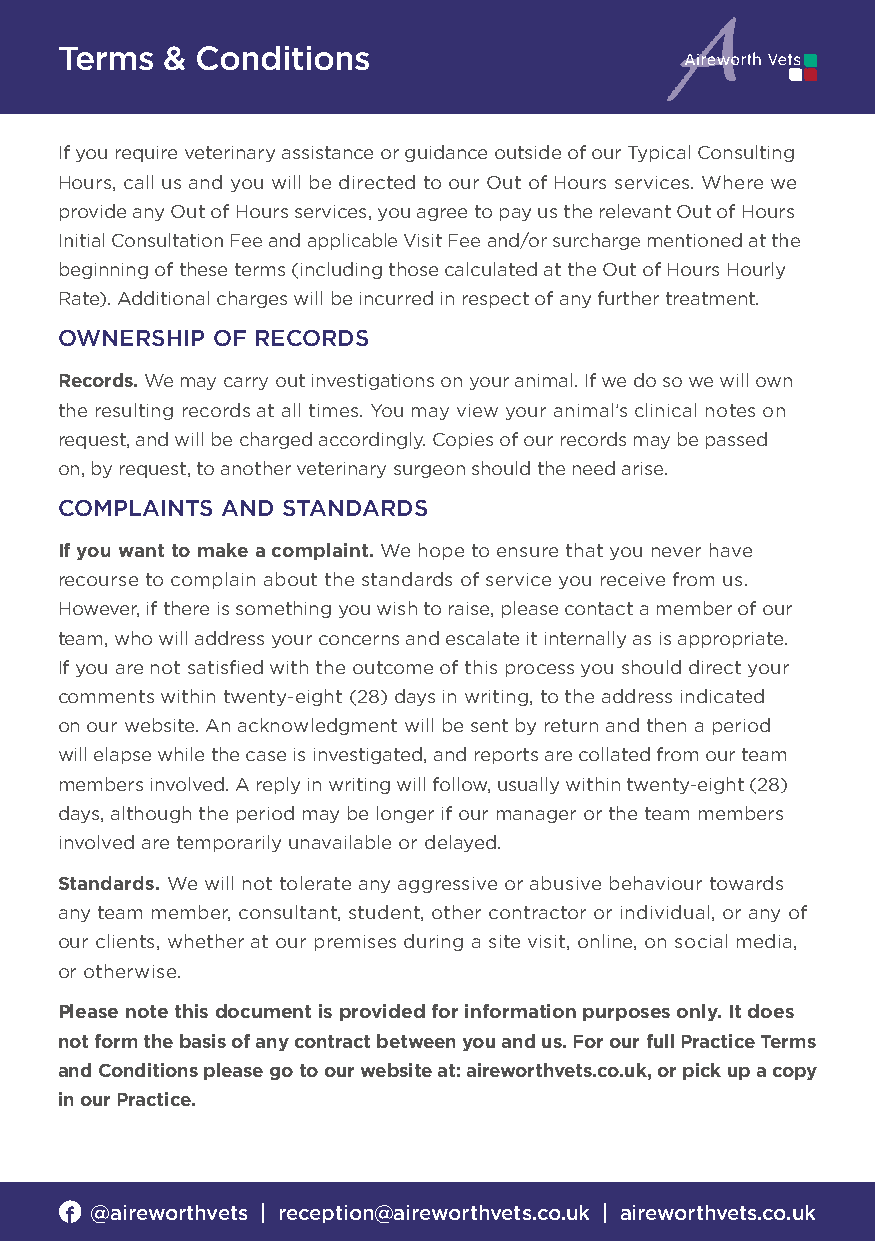
Terms  & Conditions
 If you require veterinary assistance or guidance outside of our Typical Consulting
 Hours, call us and you will be directed to our Out of Hours services. Where we
 provide any Out of Hours services, you agree to pay us the relevant Out of Hours
 Initial Consultation Fee and applicable Visit Fee and/or surcharge mentioned at the
 beginning of these terms (including those calculated at the Out of Hours Hourly
 Rate). Additional charges will be incurred in respect of any further treatment.
 OWNERSHIP OF RECORDS
 Records. We may carry out investigations on your animal. If we do so we will own
 the resulting records at all times. You may view your animal’s clinical notes on
 request, and will be charged accordingly. Copies of our records may be passed
 on, by request, to another veterinary surgeon should the need arise.
 COMPLAINTS AND STANDARDS
 If you want to make a complaint. We hope to ensure that you never have
 recourse to complain about the standards of service you receive from us.
 However, if there is something you wish to raise, please contact a member of our
 team, who will address your concerns and escalate it internally as is appropriate.
 If you are not satisfied with the outcome of this process you should direct your
 comments within twenty-eight (28) days in writing, to the address indicated
 on our website. An acknowledgment will be sent by return and then a period
 will elapse while the case is investigated, and reports are collated from our team
 members involved. A reply in writing will follow, usually within twenty-eight (28)
 days, although the period may be longer if our manager or the team members
 involved are temporarily unavailable or delayed.
 Standards. We will not tolerate any aggressive or abusive behaviour towards
 any team member, consultant, student, other contractor or individual, or any of
 our clients, whether at our premises during a site visit, online, on social media,
 or otherwise.
 Please note this document is provided for information purposes only. It does
 not form the basis of any contract between you and us. For our full Practice Terms
 and Conditions please go to our website at: aireworthvets.co.uk, or pick up a copy
 in our Practice.
 @aireworthvets | reception@aireworthvets.co.uk | aireworthvets.co.uk